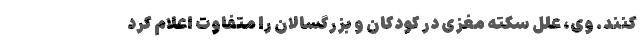
کنند. وی، علل سکته مغزی در کودکان و بزرگسالان را متفاوت اعلام کرد